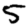
Digit: 5